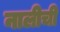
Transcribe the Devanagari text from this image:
नालीची